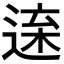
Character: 𨓫